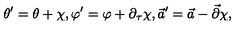
\theta ^ { \prime } = \theta + \chi , \varphi ^ { \prime } = \varphi + \partial _ { \tau } \chi , \vec { a } ^ { \prime } = \vec { a } - \vec { \partial } \chi ,